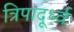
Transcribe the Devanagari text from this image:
त्रिपादूर्ध्व